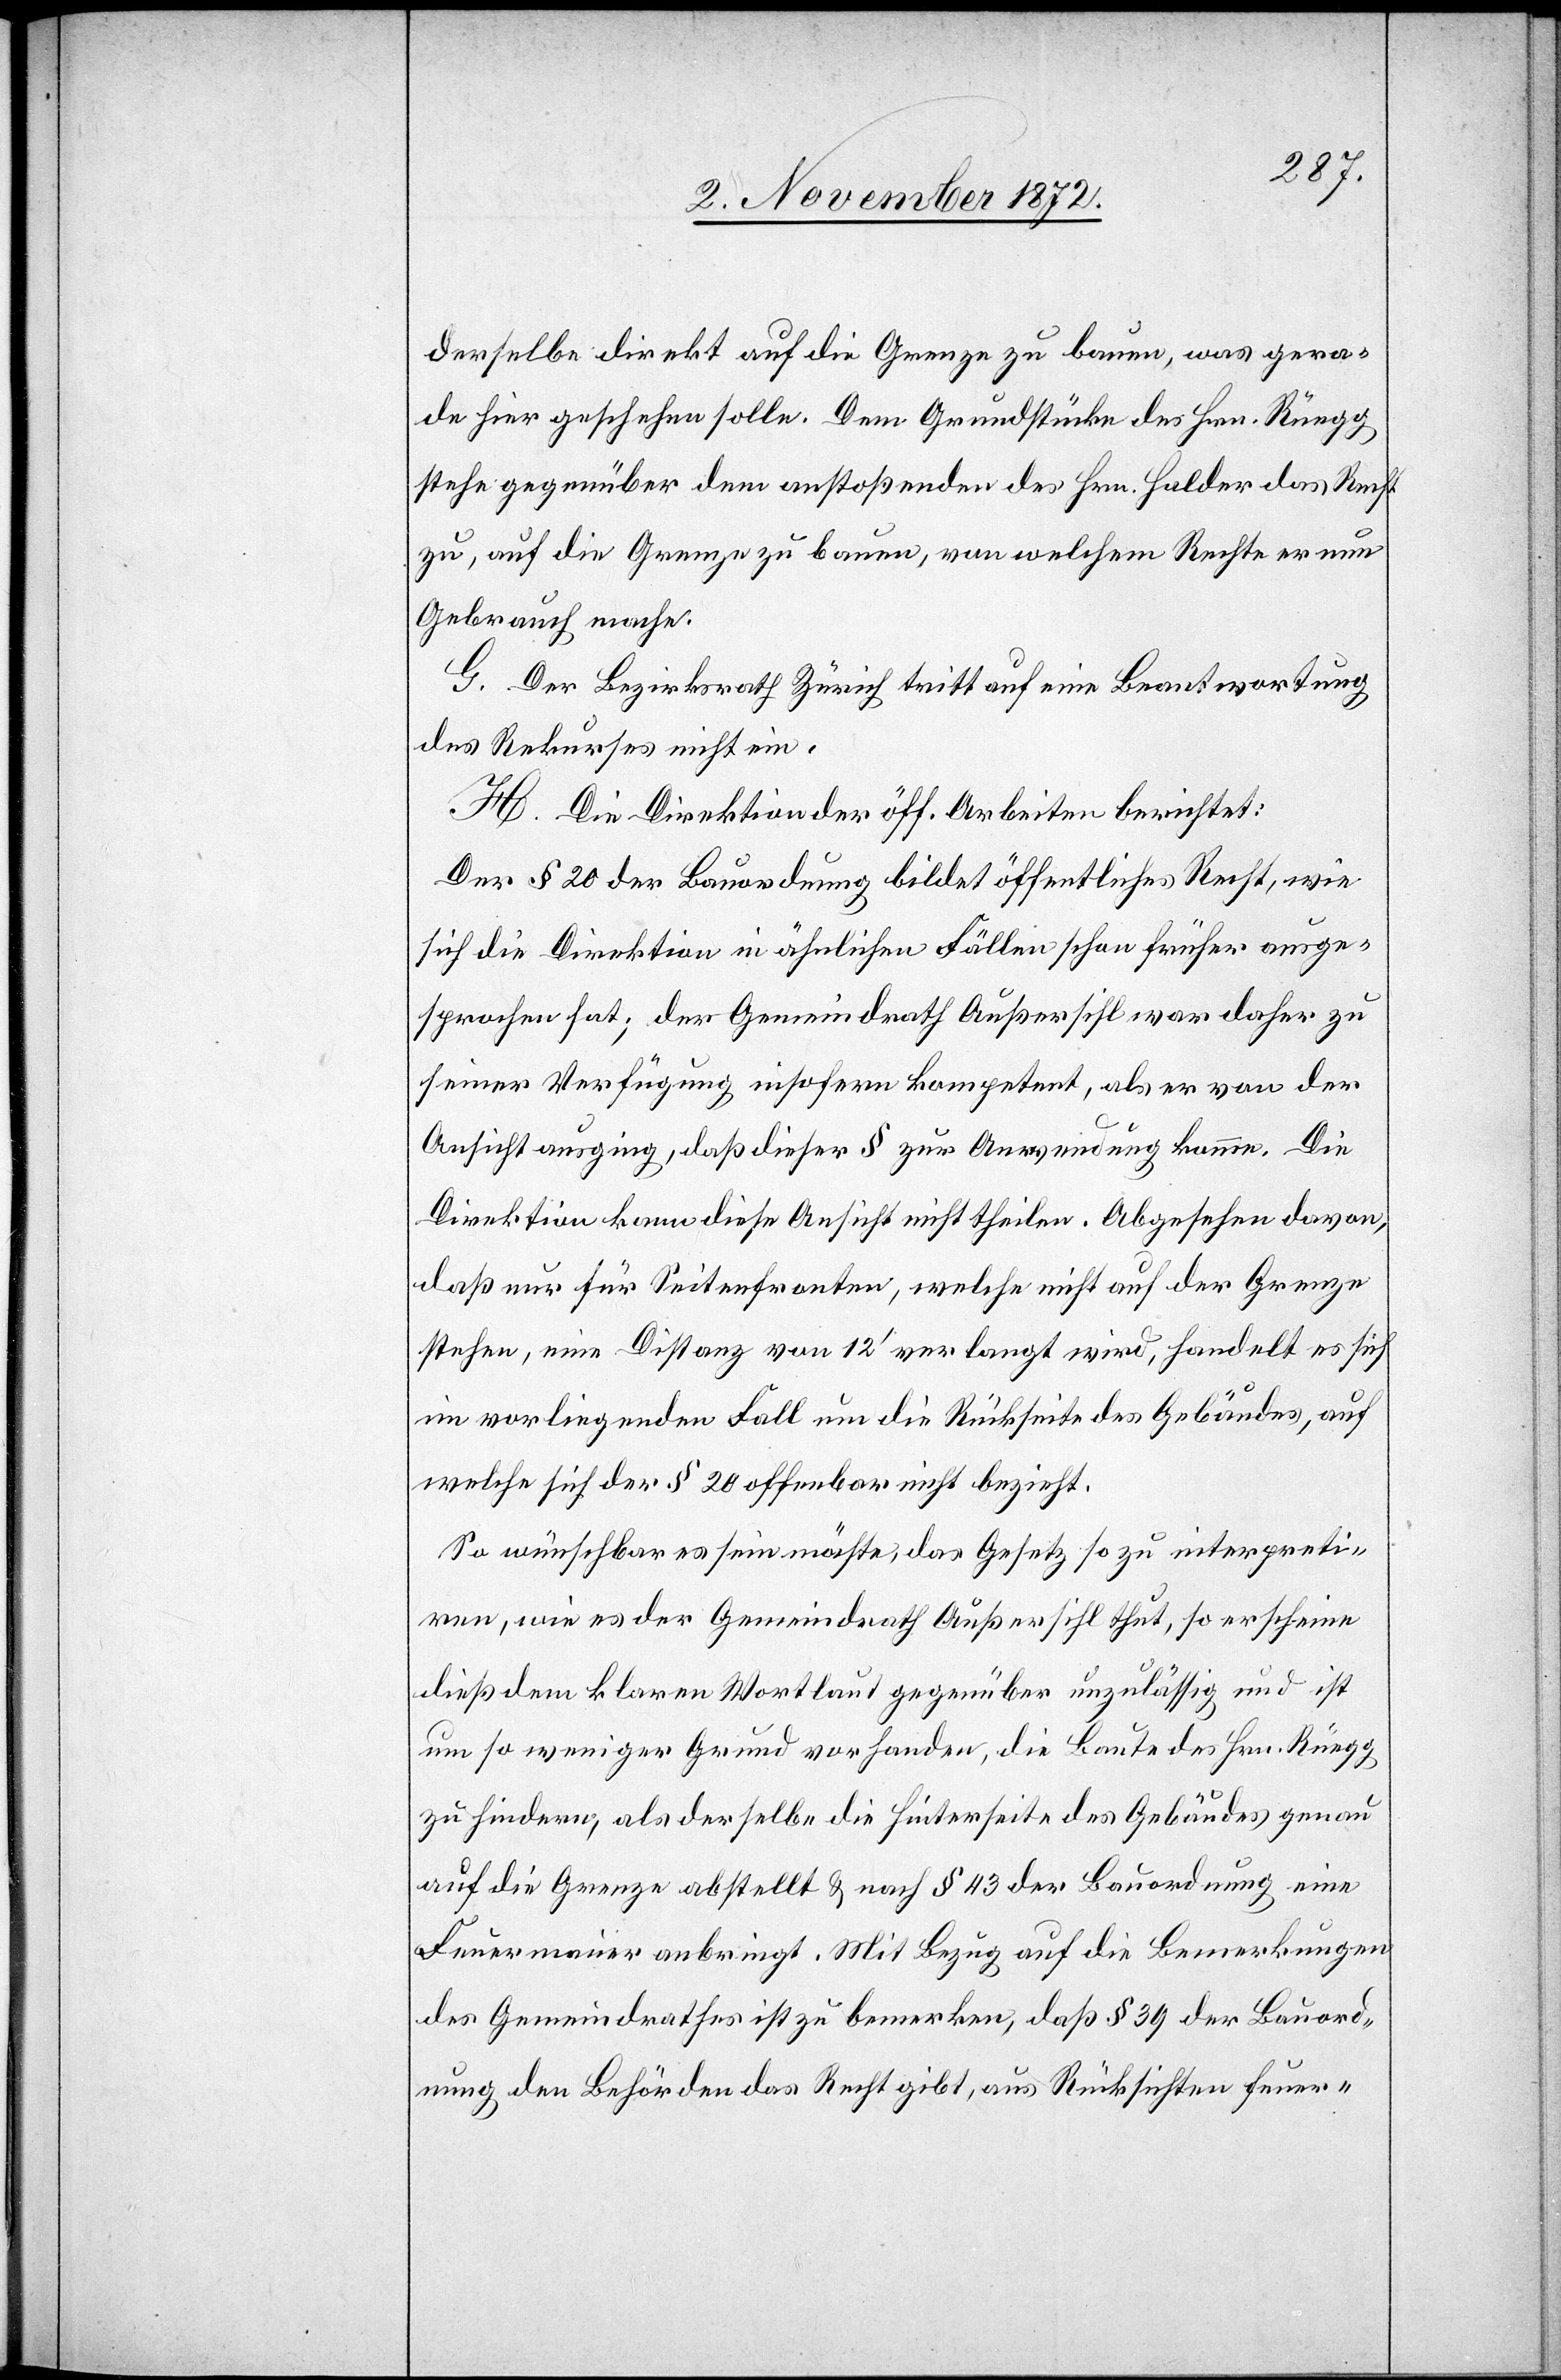
derselbe direkt auf die Grenze zu bauen, was gera¬
de hier geschehen solle. Dem Grundstücke des Hrn. Rüegg
sehe gegenüber dem anstoßenden des Hrn. Halder das Recht
zu, auf die Grenze zu bauen, von welchem Rechte er nun
Gebrauch mache.
G. Der Bezirksrath Zürich tritt auf eine Beantwortung
des Rekurses nicht ein.
H. Die Direktion der öff. Arbeiten berichtet:
Der § 20 der Bauordnung bildet öffentliches Recht, wie
sich die Direktion in ähnlichen Fällen schon früher ausge¬
sprochen hat; der Gemeindrath Außersihl war daher zu
seiner Verfügung insofern kompetent, als er von der
Ansicht ausging, daß dieser § zur Anwendung komme. Die
Direktion kann diese Ansicht nicht theilen. Abgesehen davon,
daß nur für Seitenfronten, welche nicht auf der Grenze
stehen, eine Distanz von 12’ verlangt wird, handelt es sich
im vorliegenden Fall um die Rückseite des Gebäudes, auf
welche sich der § 20 offenbar nicht bezieht.
So wünschbar es sein möchte, das Gesetz so zu interpreti¬
ren, wie es der Gemeindrath Außersihl thut, so erscheine
dieß dem klaren Wortlaut gegenüber unzulässig und ist
um so weniger Grund vorhanden, die Baute des Hrn. Rüegg
zu hindern, als derselbe die Hinterseite des Gebäudes eine
Feuermauer anbringt. Mit Bezug auf die Bemerkungen
des Gemeindrathes ist zu bemerken, daß § 39 der Bauord¬
nung den Behörden das Recht gibt, aus Rücksichten feuer-